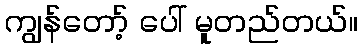
ကျွန်တော့် ပေါ် မူတည်တယ်။